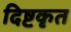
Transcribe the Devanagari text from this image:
दिष्टकृत